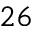
^ { 2 6 }